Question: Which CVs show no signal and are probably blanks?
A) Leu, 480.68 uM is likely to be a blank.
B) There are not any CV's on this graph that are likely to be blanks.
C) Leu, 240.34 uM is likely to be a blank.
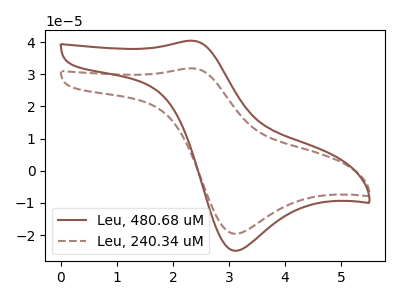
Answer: <think>The brown curve "Leu, 480.68 uM" has an anodic peak at (2.35V, 40.45uA) and a cathodic peak at (3.10V, -24.90uA). The brown dashed curve "Leu, 240.34 uM" has an anodic peak at (2.35V, 31.85uA) and a cathodic peak at (3.10V, -19.60uA).</think>
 <answer>B) There are not any CV's on this graph that are likely to be blanks.</answer>
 <eval>B</eval>